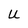
Character: U